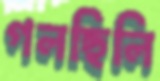
গলছিলি